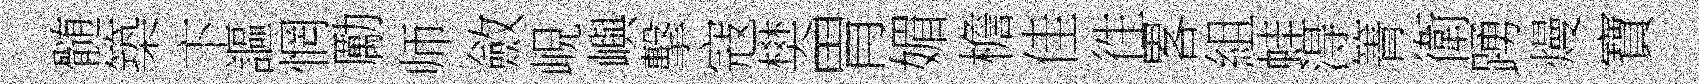
髄築卞謳惘勵师斂峴嶼擊寇樊胃媚檐佳徃畧組蛙淂箐衛踴熳寶